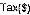
TAX($)